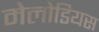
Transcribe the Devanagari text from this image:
मेलोडियस